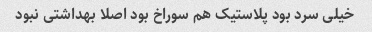
خیلی سرد بود پلاستیک هم سوراخ بود اصلا بهداشتی نبود